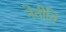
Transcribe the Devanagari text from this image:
नेतीति